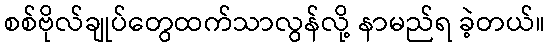
စစ်ဗိုလ်ချုပ်တွေထက်သာလွန်လို့ နာမည်ရ ခဲ့တယ်။